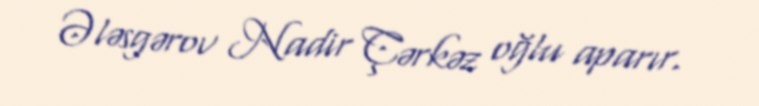
Ələsgərov Nadir Çərkəz oğlu aparır.